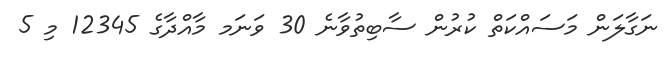
ނަގާލަން މަސައްކަތް ކުރުން ސާބިތުވާނެ 30 ވަނަމ މާއްދާގެ 12345 މި 5